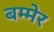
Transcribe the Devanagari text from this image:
बम्मेर